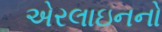
એરલાઇનનો